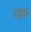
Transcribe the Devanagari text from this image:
राहने